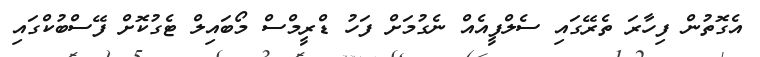
އެގޮތުން ފިހާރަ ތެރޭގައި ސެލްފީއެއް ނެގުމަށް ފަހު ޑްރީމްސް މޯބައިލް ޓެގުކޮށް ފޭސްބުކްގައި